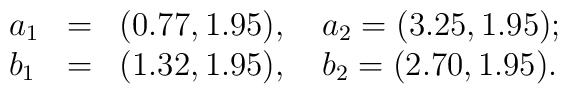
\left.\begin{array}{lll}a_{1}&=&(0.77,1.95), \quad a_{2}=(3.25, 1.95); \\b_{1}&=&(1.32, 1.95), \quad b_{2}=(2.70, 1.95).\end{array}\right.